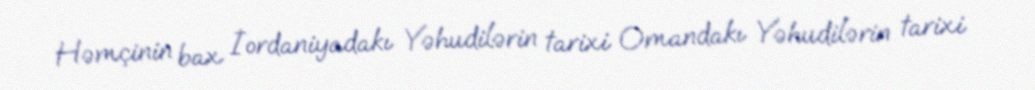
Həmçinin bax İordaniyadakı Yəhudilərin tarixi Omandakı Yəhudilərin tarixi